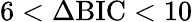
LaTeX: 6<\Delta\mathrm{BIC}<10